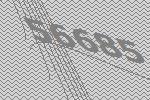
56685